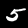
Digit: 5